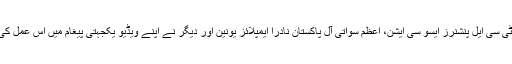
اسی طرح رمضان لغاری پیپلز یونٹی پی آئی اے، محمد توقیر آل پاکستان پی ٹی سی ایل پنشنرز ایسو سی ایشن، اعظم سواتی آل پاکستان نادرا ایمپلائز یونین اور دیگر نے اپنے ویڈیو یکجہتی پیغام میں اس عمل کی شدید مذمت کرتے ہوئے محنت کشوں کے شانہ بشانہ لڑنے کا عہد کیا ہے۔